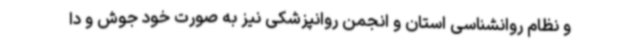
و نظام روانشناسی استان و انجمن روانپزشکی نیز به صورت خود جوش و دا